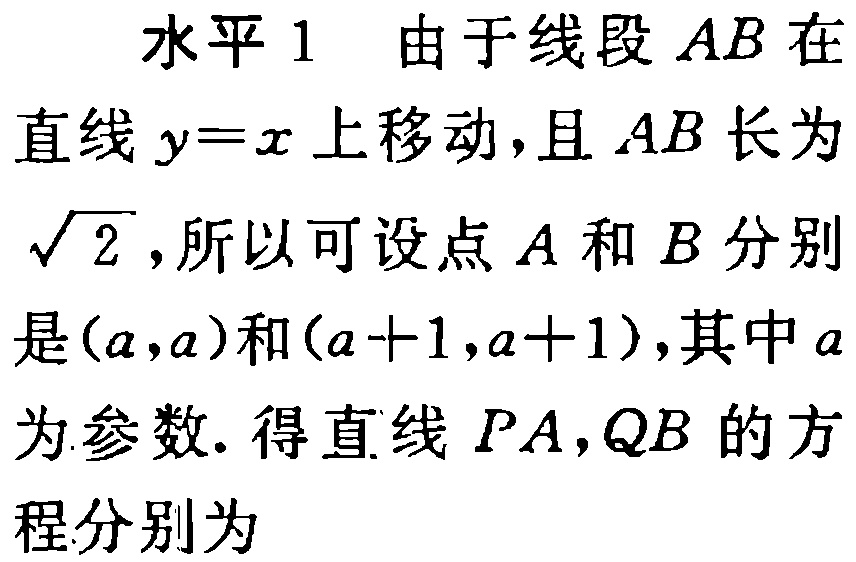
水平 1 由于线段 \(AB\) 在
直线 \(y = x\) 上移动，且 \(AB\) 长为
\(\sqrt{2}\)，所以可设点 \(A\) 和 \(B\) 分别
是 \((a,a)\) 和 \((a + 1,a + 1)\)，其中 \(a\)
为参数. 得直线 \(PA,QB\) 的方
程分别为